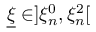
\underline { { \xi } } \in ] \xi _ { n } ^ { 0 } , \xi _ { n } ^ { 2 } [